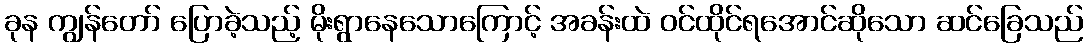
ခုန ကျွန်တော် ပြောခဲ့သည့် မိုးရွာနေသောကြောင့် အခန်းထဲ ဝင်ထိုင်ရအောင်ဆိုသော ဆင်ခြေသည်